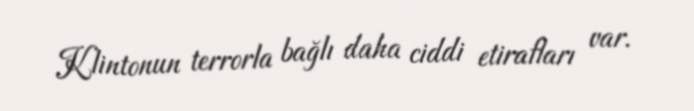
Klintonun terrorla bağlı daha ciddi etirafları var.